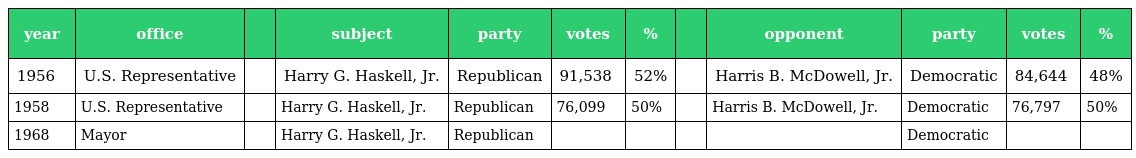
| year | office |  | subject | party | votes | % |  | opponent | party | votes | % |
 | --- | --- | --- | --- | --- | --- | --- | --- | --- | --- | --- | --- |
 | 1956 | U.S. Representative |  | Harry G. Haskell, Jr. | Republican | 91,538 | 52% |  | Harris B. McDowell, Jr. | Democratic | 84,644 | 48% |
 | 1958 | U.S. Representative |  | Harry G. Haskell, Jr. | Republican | 76,099 | 50% |  | Harris B. McDowell, Jr. | Democratic | 76,797 | 50% |
 | 1968 | Mayor |  | Harry G. Haskell, Jr. | Republican |  |  |  |  | Democratic |  |  |